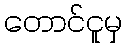
တောင်ငူမှ